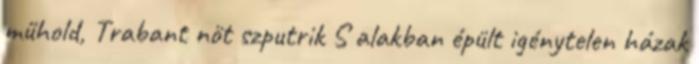
műhold, Trabant nöt szputrik S alakban épült igénytelen házak